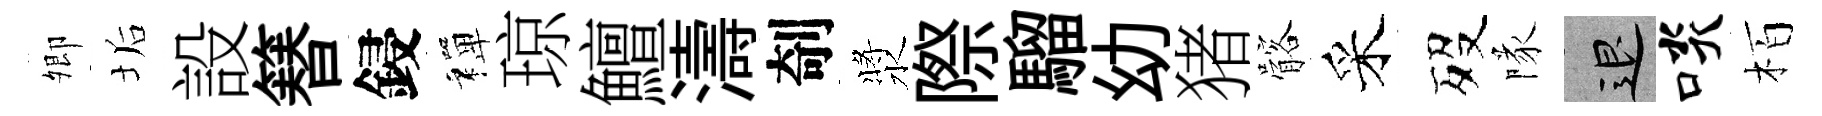
𡖖垢設簮鋟禪琼鱣濤剞漿際騮幼猪髂采歿隊退啖栢